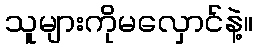
သူများကိုမလှောင်နဲ့။